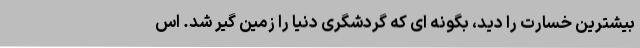
بیشترین خسارت را دید، بگونه ای که گردشگری دنیا را زمین گیر شد. اس